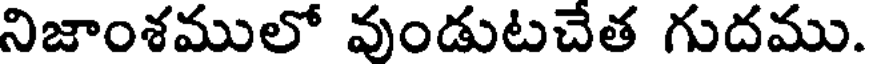
నిజాంశములో వుండుటచేత గుదము.